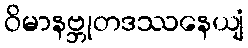
ဝိမာနဗ္ဘုတဒဿနေယျံ